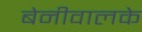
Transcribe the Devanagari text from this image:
बेनीवालके